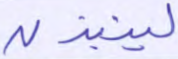
لينبذن